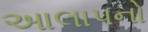
આલાપનો